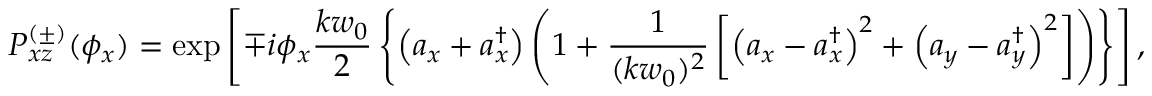
P _ { x z } ^ { ( \pm ) } ( \phi _ { x } ) = \exp \left[ \mp i \phi _ { x } \frac { k w _ { 0 } } { 2 } \left\{ \left( a _ { x } + a _ { x } ^ { \dag } \right) \left( 1 + \frac { 1 } { ( k w _ { 0 } ) ^ { 2 } } \left[ \left( a _ { x } - a _ { x } ^ { \dag } \right) ^ { 2 } + \left( a _ { y } - a _ { y } ^ { \dag } \right) ^ { 2 } \right] \right) \right\} \right] ,